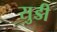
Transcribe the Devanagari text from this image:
सुडी